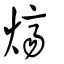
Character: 㸄